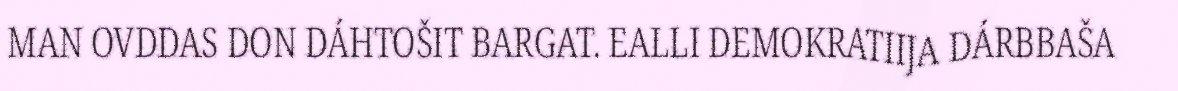
MAN OVDDAS DON DÁHTOŠIT BARGAT. EALLI DEMOKRATIIJA DÁRBBAŠA